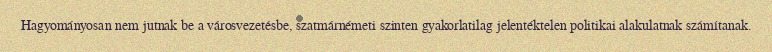
Hagyományosan nem jutnak be a városvezetésbe, szatmárnémeti szinten gyakorlatilag jelentéktelen politikai alakulatnak számítanak.